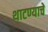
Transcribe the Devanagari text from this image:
थाटण्याचे